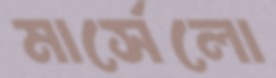
মার্সেলো